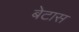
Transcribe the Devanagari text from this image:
बेटास